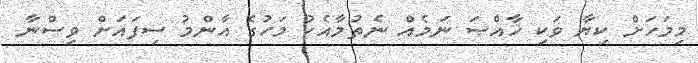
މިމަހަށް ކިޔާ ވަކި ޚާއްޞަ ނަމެއް ނެތުމާއެކު މަހުގެ އާންމު ސިފައަށް ވިސްނާ